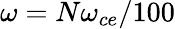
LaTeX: \omega=N\omega_{ce}/100